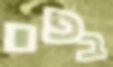
בפי